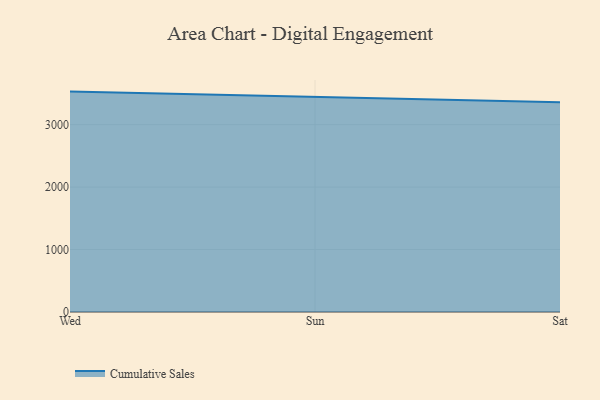
{"axis": {"x": "Day", "y": "Website Visitors"}, "legend": ["Cumulative Sales"], "data": [{"x": "Wed", "y": 3528.9, "type": "Cumulative Sales"}, {"x": "Sun", "y": 3437.1, "type": "Cumulative Sales"}, {"x": "Sat", "y": 3356.9, "type": "Cumulative Sales"}]}